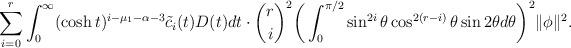
LaTeX: \begin{align*}\sum^r_{i=0}\int^\infty_0(\cosh t)^{i-\mu_1-\alpha-3}\tilde{c}_i(t)D(t)dt \cdot {r\choose i}^2\bigg(\int_0^{\pi/2}\sin^{2i}\theta \cos^{2(r-i)}\theta\sin 2\theta d\theta\bigg)^2\|\phi\|^2.\end{align*}